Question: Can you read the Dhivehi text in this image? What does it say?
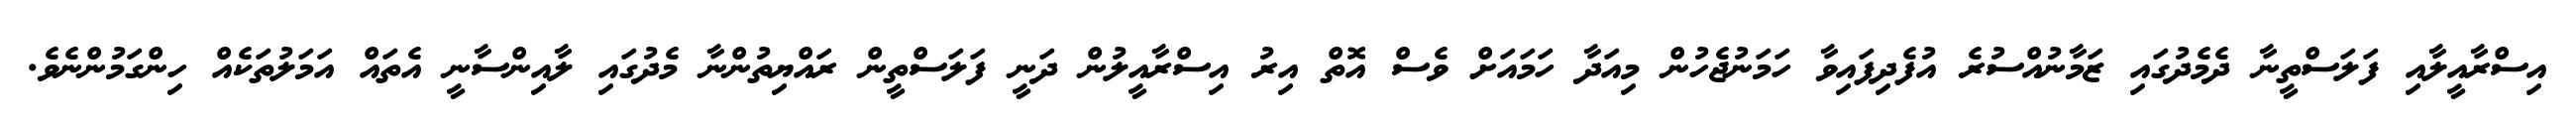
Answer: އިސްރާއީލާއި ފަލަސްތީނާ ދެމެދުގައި ޒަމާނުއްސުރެ އުފެދިފައިވާ ހަމަނުޖެހުން މިއަދާ ހަމައަށް ވެސް އޮތް އިރު އިސްރާއީލުން ދަނީ ފަލަސްތީން ރައްޔިތުންނާ މެދުގައި ލާއިންސާނީ އެތައް އަމަލުތަކެއް ހިންގަމުންނެވެ.